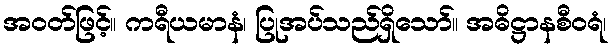
အဝတ်ဖြင့်။ ကရီယမာနံ၊ ပြုအပ်သည်ရှိသော်။ အဓိဋ္ဌာနစီဝရံ၊